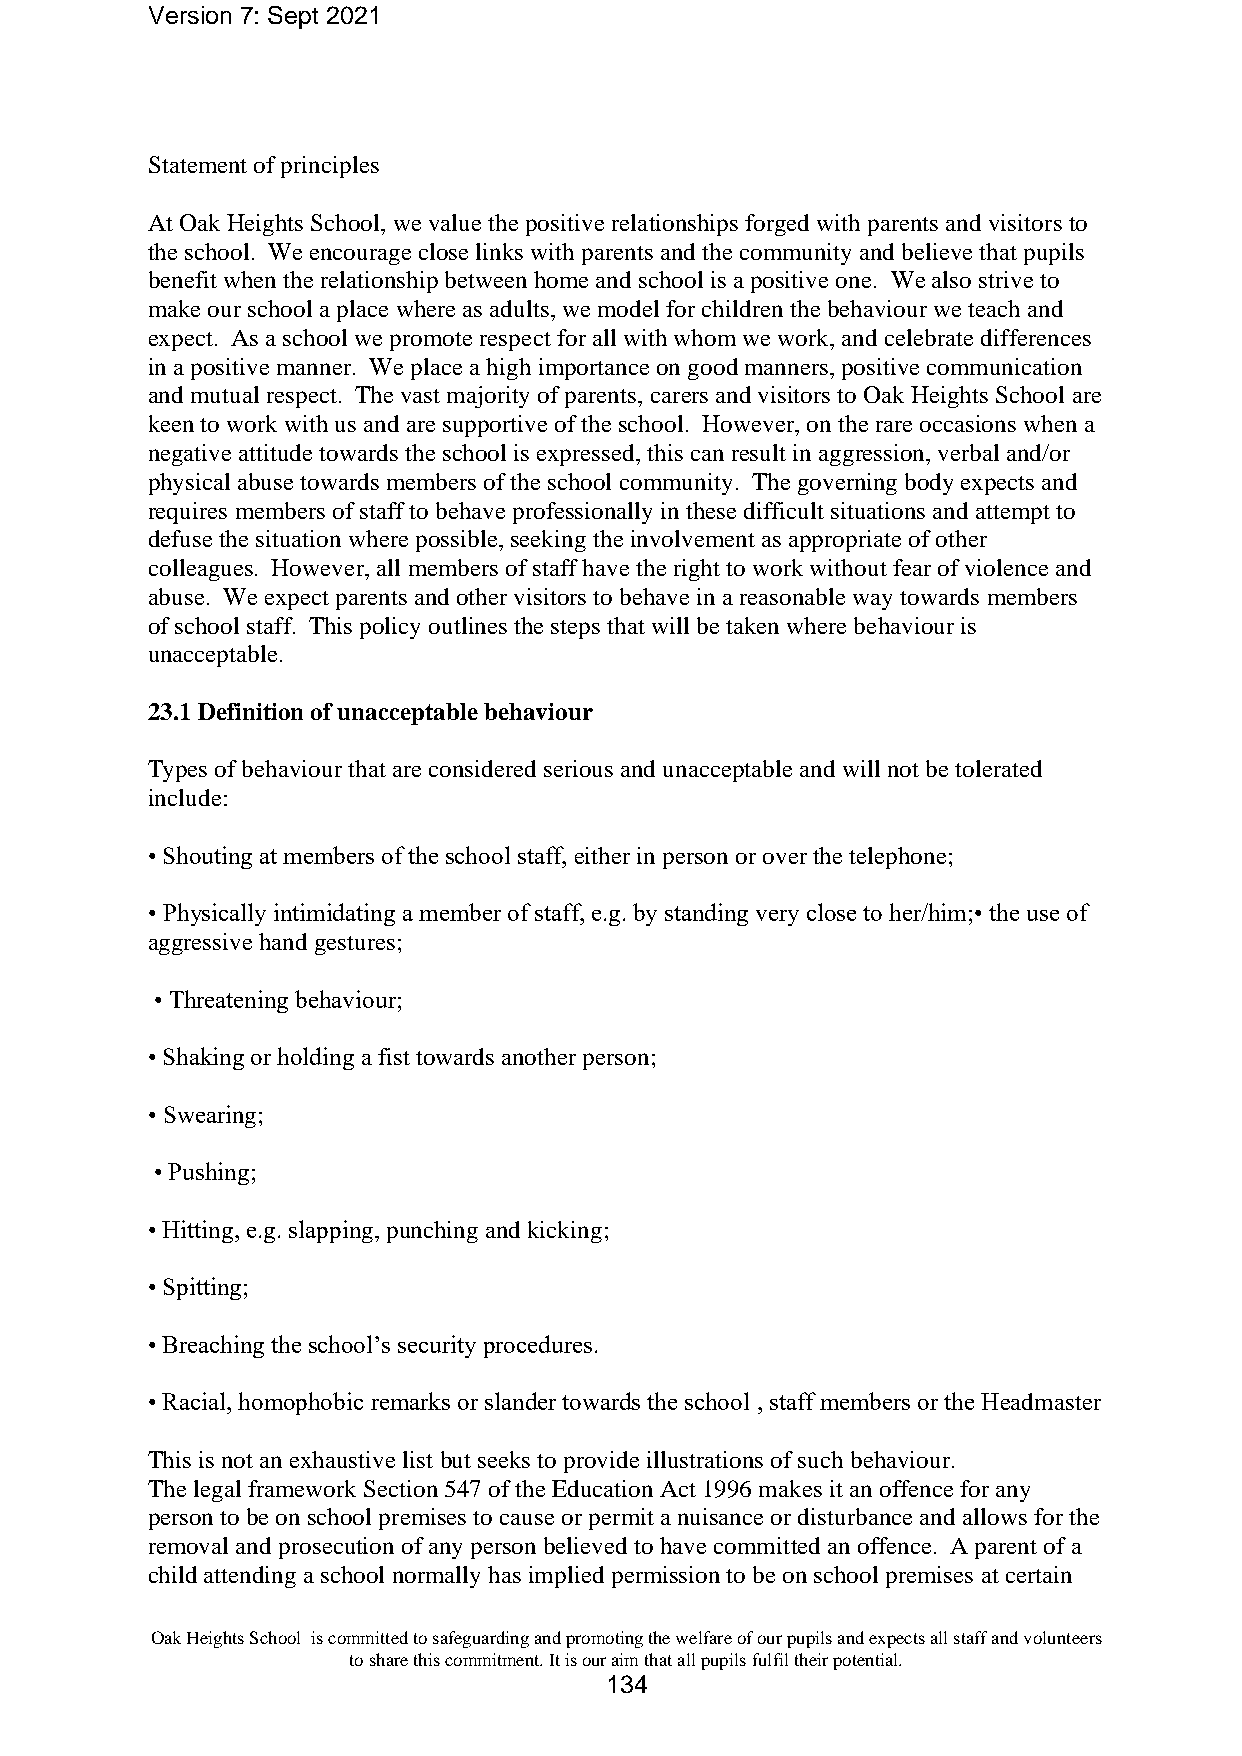
Version 7: Sept 2021
 Statement of principles
 At Oak Heights School, we value the positive relationships forged with parents and visitors to
 the school. We encourage close links with parents and the community and believe that pupils
 benefit when the relationship between home and school is a positive one. We also strive to
 make our school a place where as adults, we model for children the behaviour we teach and
 expect. As a school we promote respect for all with whom we work, and celebrate differences
 in a positive manner. We place a high importance on good manners, positive communication
 and mutual respect. The vast majority of parents, carers and visitors to Oak Heights School are
 keen to work with us and are supportive of the school. However, on the rare occasions when a
 negative attitude towards the school is expressed, this can result in aggression, verbal and/or
 physical abuse towards members of the school community. The governing body expects and
 requires members of staff to behave professionally in these difficult situations and attempt to
 defuse the situation where possible, seeking the involvement as appropriate of other
 colleagues. However, all members of staff have the right to work without fear of violence and
 abuse. We expect parents and other visitors to behave in a reasonable way towards members
 of school staff. This policy outlines the steps that will be taken where behaviour is
 unacceptable.
 23.1 Definition of unacceptable behaviour
 Types of behaviour that are considered serious and unacceptable and will not be tolerated
 include:
 • Shouting at members of the school staff, either in person or over the telephone;
 • Physically intimidating a member of staff, e.g. by standing very close to her/him;• the use of
 aggressive hand gestures;
 • Threatening behaviour;
 • Shaking or holding a fist towards another person;
 • Swearing;
 • Pushing;
 • Hitting, e.g. slapping, punching and kicking;
 • Spitting;
 • Breaching the school’s security procedures.
 • Racial, homophobic remarks or slander towards the school , staff members or the Headmaster
 This is not an exhaustive list but seeks to provide illustrations of such behaviour.
 The legal framework Section 547 of the Education Act 1996 makes it an offence for any
 person to be on school premises to cause or permit a nuisance or disturbance and allows for the
 removal and prosecution of any person believed to have committed an offence. A parent of a
 child attending a school normally has implied permission to be on school premises at certain
 Oak Heights School is committed to safeguarding and promoting the welfare of our pupils and expects all staff and volunteers
 to share this commitment. It is our aim that all pupils fulfil their potential.
 134